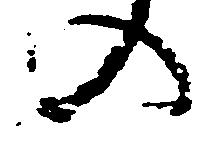
の